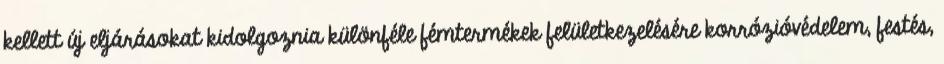
kellett új eljárásokat kidolgoznia különféle fémtermékek felületkezelésére korrózióvédelem, festés,